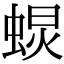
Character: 𧌚